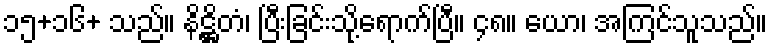
၁၅+၁၆+ သည်။ နိဋ္ဌိတံ၊ ပြီးခြင်းသို့ရောက်ပြီ။ ၄၈။ ယော၊ အကြင်သူသည်။